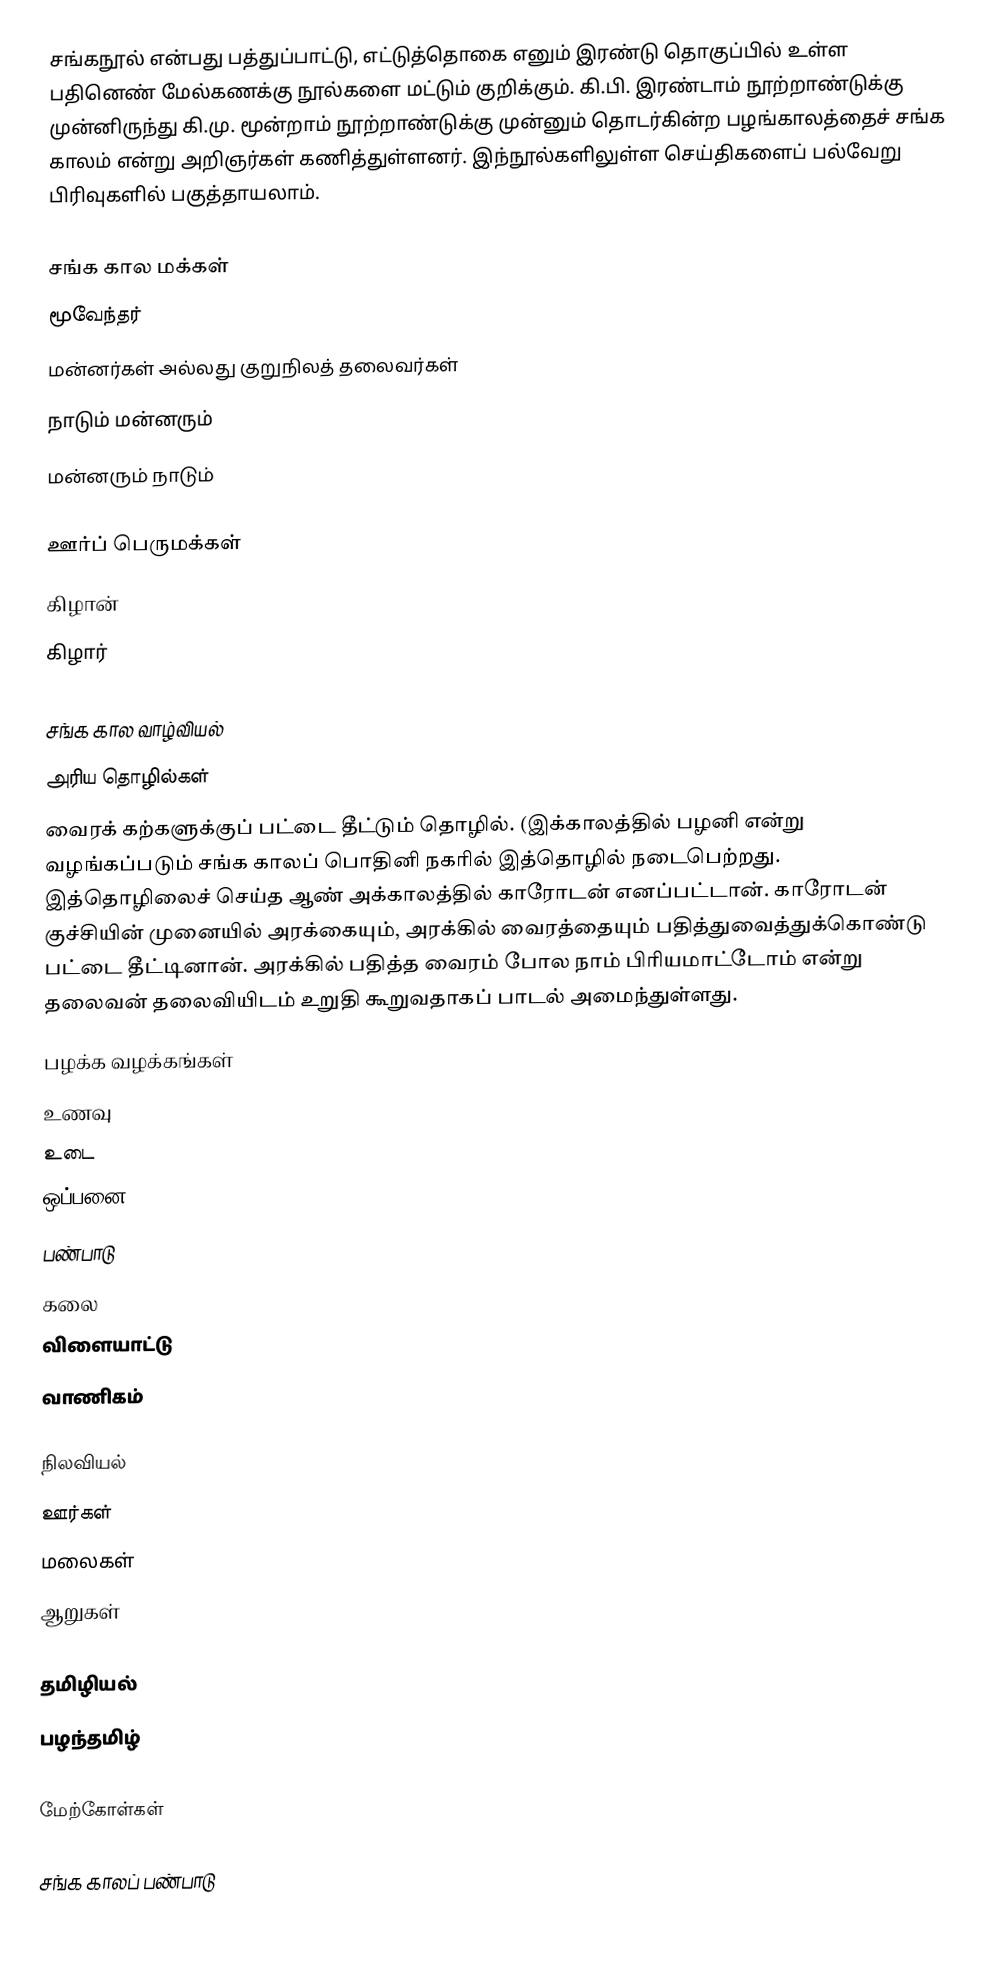
சங்கநூல் என்பது பத்துப்பாட்டு, எட்டுத்தொகை எனும் இரண்டு தொகுப்பில் உள்ள பதினெண் மேல்கணக்கு நூல்களை மட்டும் குறிக்கும். கி.பி. இரண்டாம் நூற்றாண்டுக்கு முன்னிருந்து கி.மு. மூன்றாம் நூற்றாண்டுக்கு முன்னும் தொடர்கின்ற பழங்காலத்தைச் சங்க காலம் என்று அறிஞர்கள் கணித்துள்ளனர். இந்நூல்களிலுள்ள செய்திகளைப் பல்வேறு பிரிவுகளில் பகுத்தாயலாம்.

சங்க கால மக்கள்
மூவேந்தர்
மன்னர்கள் அல்லது குறுநிலத் தலைவர்கள்
நாடும் மன்னரும்
மன்னரும் நாடும்

ஊர்ப் பெருமக்கள்
கிழான்
கிழார்

சங்க கால வாழ்வியல்
அரிய தொழில்கள்
 வைரக் கற்களுக்குப் பட்டை தீட்டும் தொழில். (இக்காலத்தில் பழனி என்று வழங்கப்படும் சங்க காலப் பொதினி நகரில் இத்தொழில் நடைபெற்றது. இத்தொழிலைச் செய்த ஆண் அக்காலத்தில் காரோடன் எனப்பட்டான். காரோடன் குச்சியின் முனையில் அரக்கையும், அரக்கில் வைரத்தையும் பதித்துவைத்துக்கொண்டு பட்டை தீட்டினான். அரக்கில் பதித்த வைரம் போல நாம் பிரியமாட்டோம் என்று தலைவன் தலைவியிடம் உறுதி கூறுவதாகப் பாடல் அமைந்துள்ளது.
பழக்க வழக்கங்கள்
உணவு
உடை
ஒப்பனை
பண்பாடு
கலை
விளையாட்டு
வாணிகம்

நிலவியல்
ஊர்கள்
மலைகள்
ஆறுகள்

தமிழியல்
பழந்தமிழ்

மேற்கோள்கள்

சங்க காலப் பண்பாடு